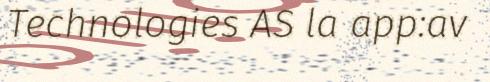
Technologies AS la app:av